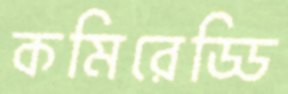
কমিরেড্ডি